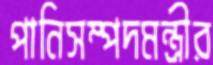
পানিসম্পদমন্ত্রীর